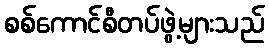
စစ်ကောင်စီတပ်ဖွဲ့များသည်